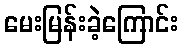
မေးမြန်းခဲ့ကြောင်း